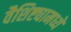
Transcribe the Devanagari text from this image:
वैशिष्ट्यामध्ये